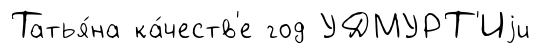
Татья́на ка́честв'е год УДМУРТ'Иjи